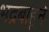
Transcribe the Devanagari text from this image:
भद्रबाहूने